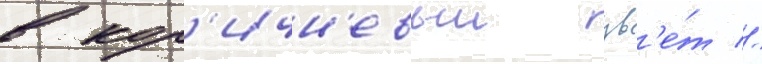
в кор'ичн'евыи цв'е́т //